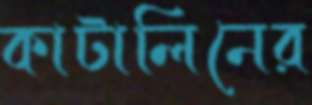
কাটালিনের